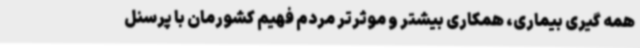
همه گیری بیماری، همکاری بیشتر و موثرتر مردم فهیم کشورمان با پرسنل